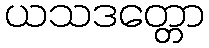
ယသဒတ္တော